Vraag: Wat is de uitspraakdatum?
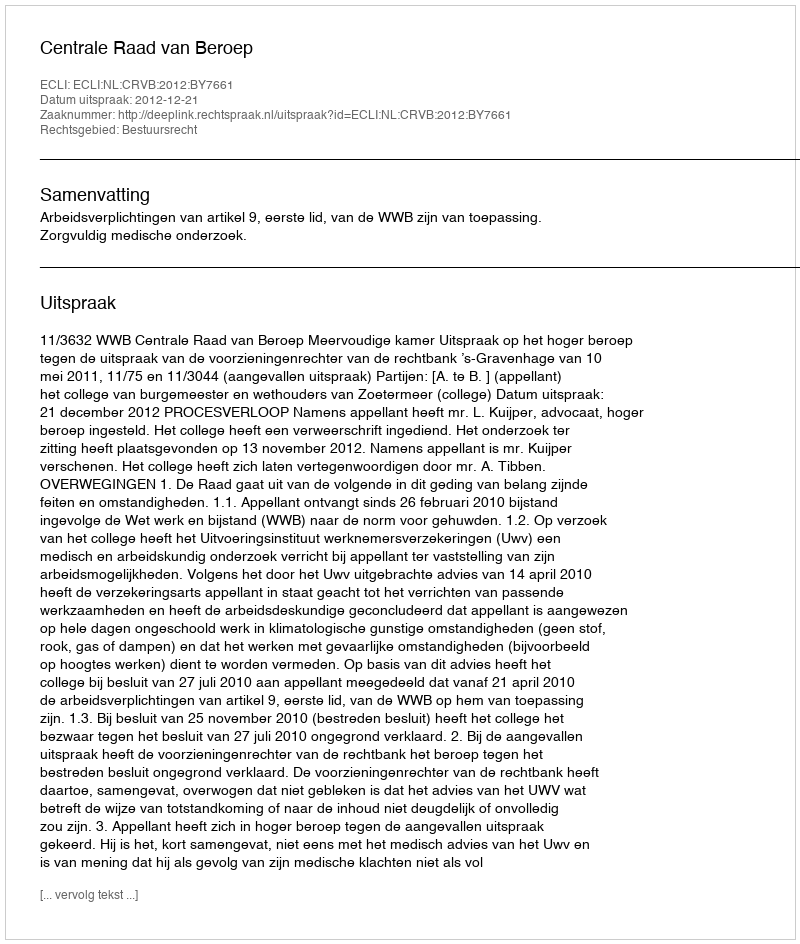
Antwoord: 2012-12-21